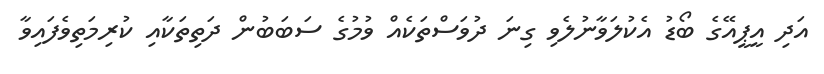
އަދި އީޕީއޭގެ ބޯޑު އެކުލަވާނުލެވި ގިނަ ދުވަސްތަކެއް ވުމުގެ ސަބަބުން ދަތިތަކާއި ކުރިމަތިވެފައިވާ